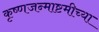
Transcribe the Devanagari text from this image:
कृष्णजन्माष्टमीच्या